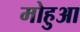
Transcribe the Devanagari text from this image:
मोहुआ